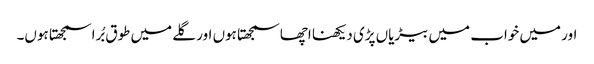
اور میں خواب میں بیڑیاں پڑی دیکھنا اچھا سمجھتا ہوں اور گلے میں طوق بُرا سمجھتا ہوں۔